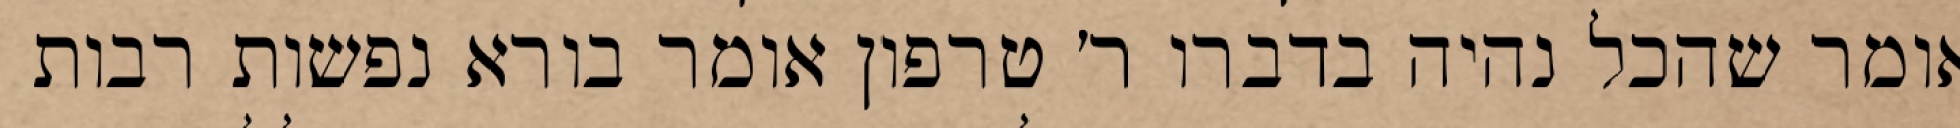
אומר שהכל נהיה בדברו ר׳ טרפון אומר בורא נפשות רבות